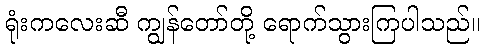
ရုံးကလေးဆီ ကျွန်တော်တို့ ရောက်သွားကြပါသည်။